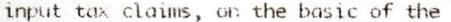
INPUT TAX CLAIMS, ON THE BASIC OF THE